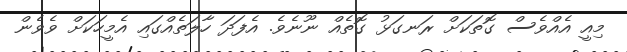
މިއީ އެއްވެސް ގޮތަކަށް ރަނގަޅު ގޮތެއް ނޫނެވެ. އެފަދަ ހާލަތެއްގައި އެމީހަކަށް ވެވެން